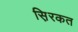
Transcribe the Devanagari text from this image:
स़िरकत